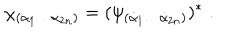
LaTeX: \chi _ { ( \alpha _ { 1 } \ldots \alpha _ { 2 n } ) } = ( \psi _ { ( \dot { \alpha } _ { 1 } \ldots \dot { \alpha } _ { 2 n } ) } ) ^ { * } \; .